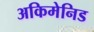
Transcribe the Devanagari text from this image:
अकिमेनिड